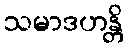
သမာဒဟန္တိ